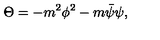
\Theta = - m ^ { 2 } \phi ^ { 2 } - m \bar { \psi } \psi ,